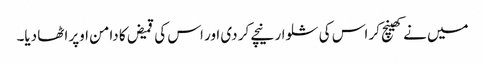
میں نے کھینچ کر اس کی شلوار نیچے کر دی اور اس کی قمیض کا دامن اوپر اٹھا دیا۔